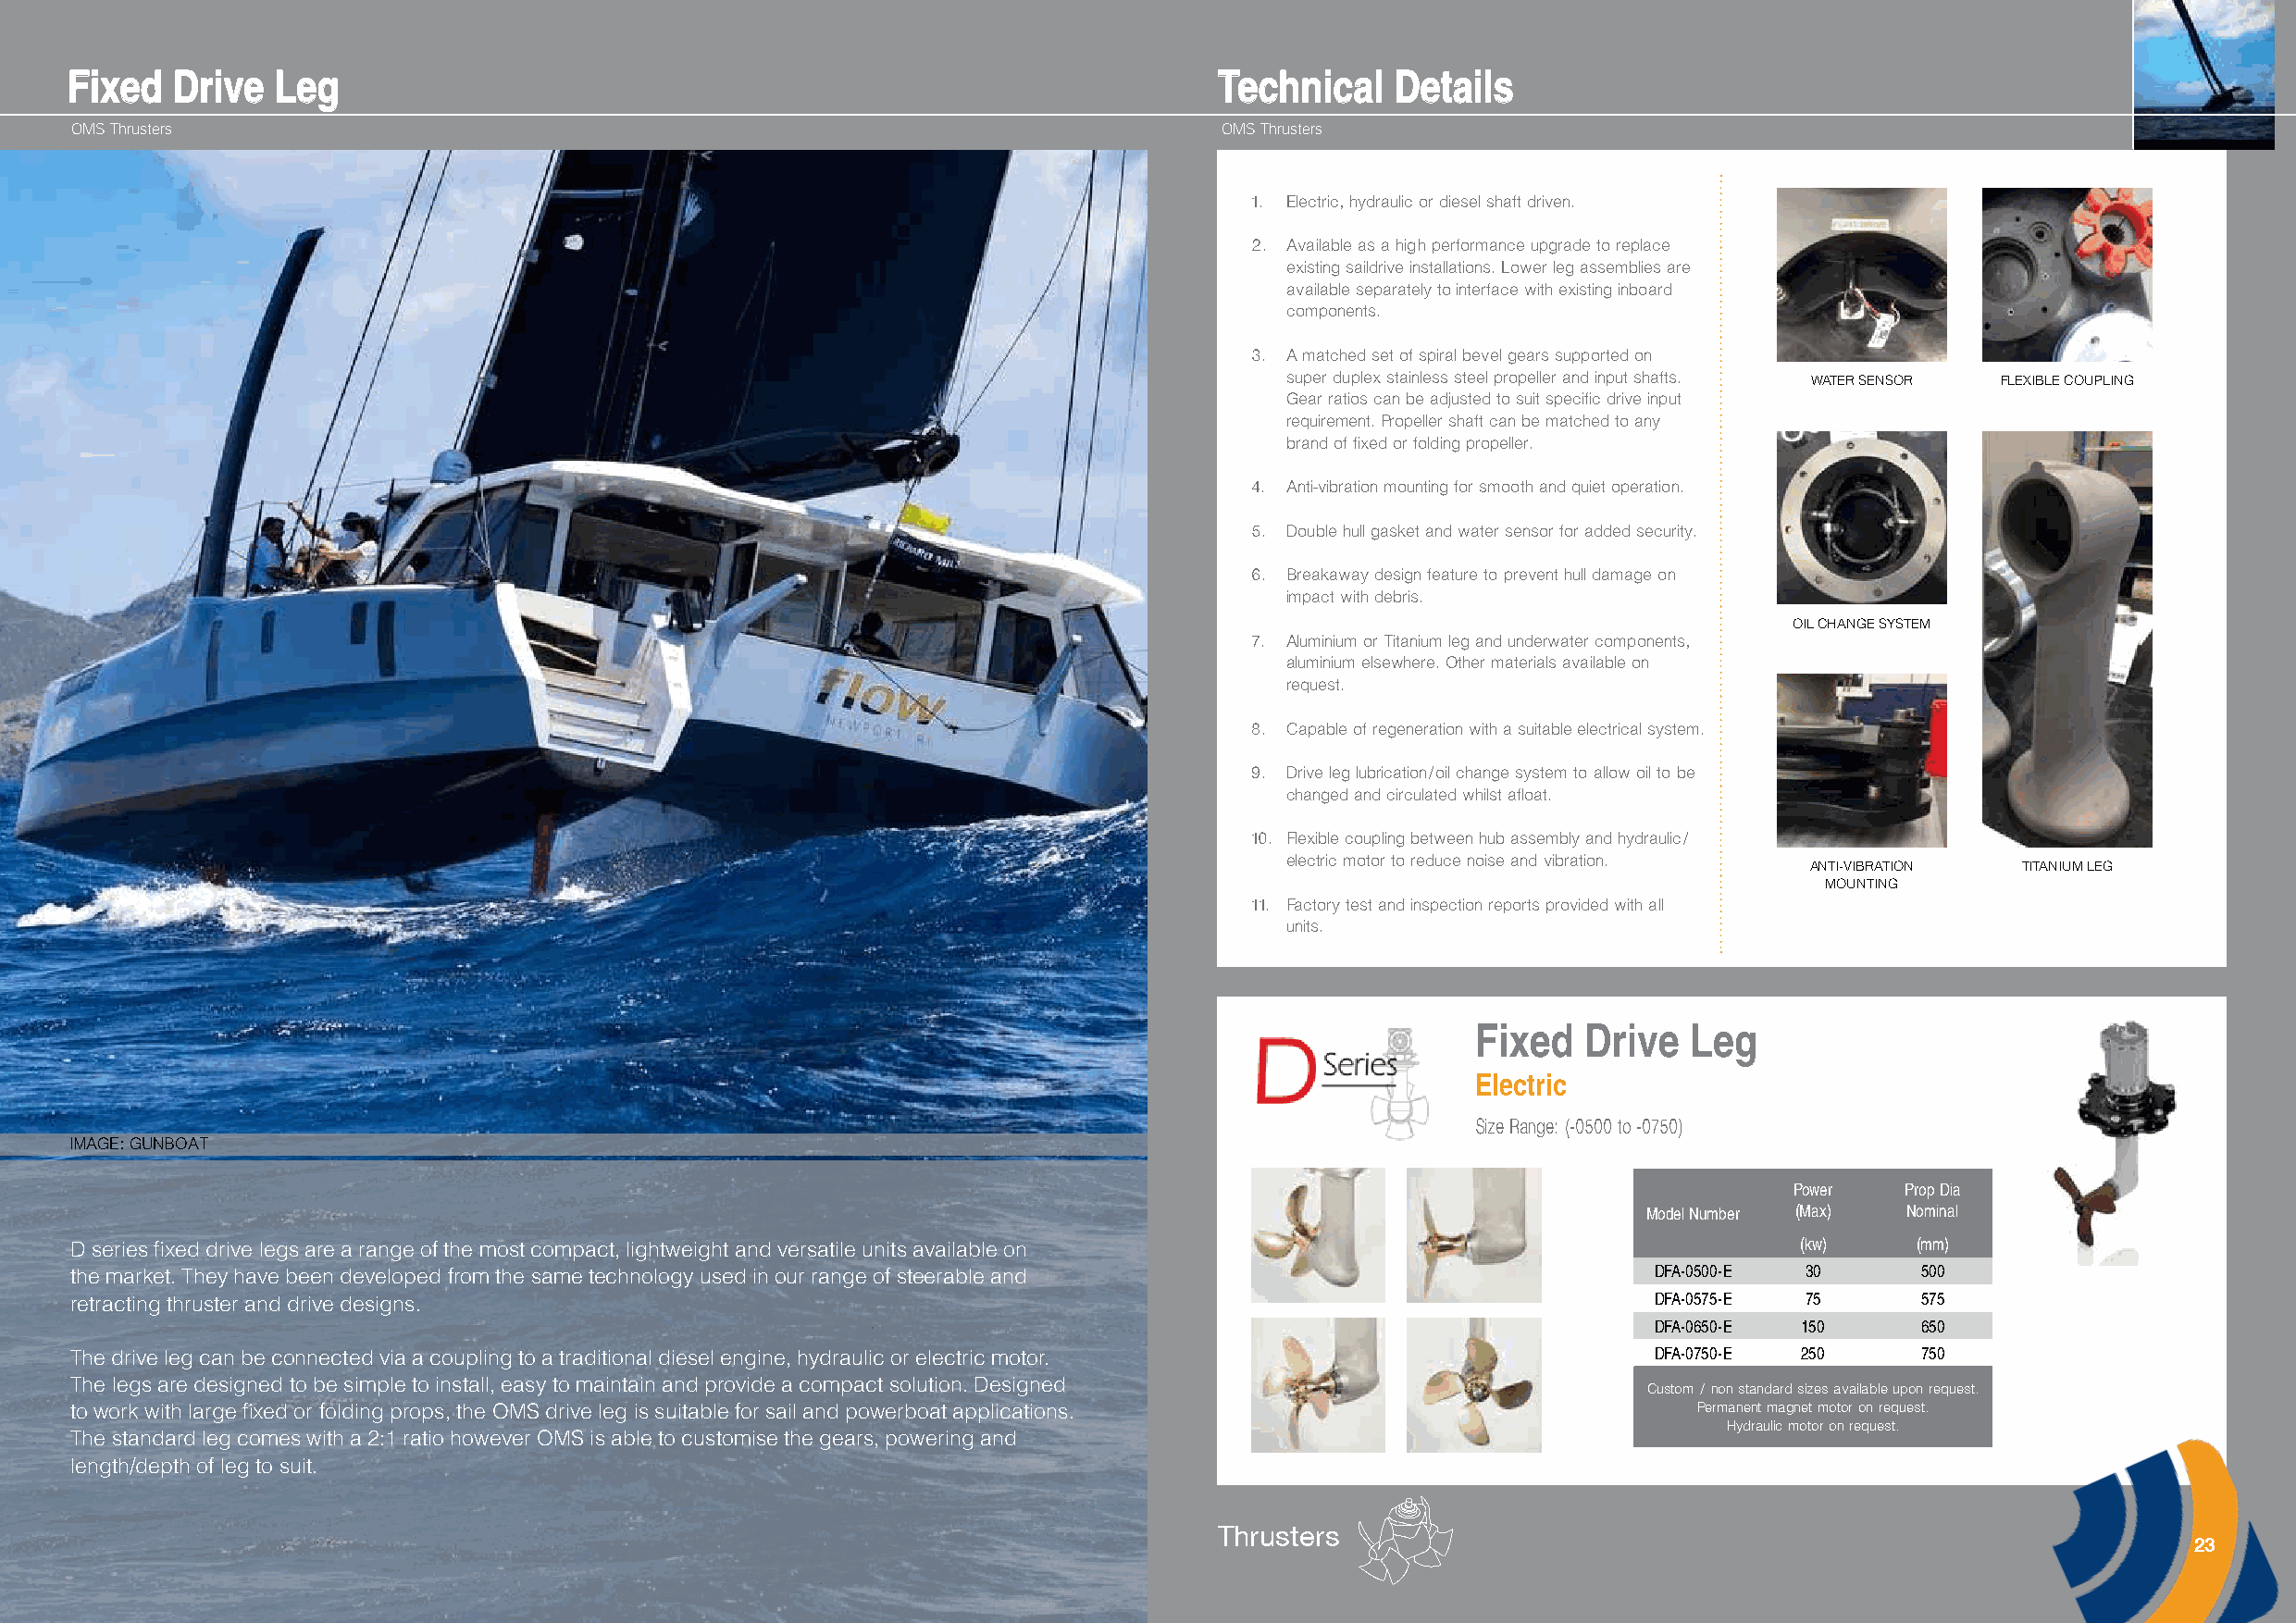
FFiixxeedd DDrriivvee LLeegg                                                      TTeecchhnniiccaall DDeettaaiillss
 OMS Thrusters                                                                     OMS Thrusters
 1. Electric , hydraulic or diesel shaft driven.
 2. Available as a high performance upgrade to replace
 existing saildrive installations. Lower leg assemblies are
 available separately to interface with existing inboard
 components.
 3. A matched set of spiral bevel gears supported on
 super duplex stainless steel propeller and input shafts.
 WATER SENSOR FLEXIBLE COUPLING
 Gear ratios can be adjusted to suit specific drive input
 requirement. Propeller shaft can be matched to any
 brand of fixed or folding propeller.
 4. Anti-vibration mounting for smooth and quiet operation.
 5. Double hull gasket and water sensor for added security.
 6. Breakaway design feature to prevent hull damage on
 impact with debris.
 OIL CHANGE SYSTEM
 7. Aluminium or Titanium leg and underwater components ,
 aluminium elsewhere. Other materials available on
 request.
 8. Capable of regeneration with a suitable electrical system.
 9. Drive leg lubrication/oil change system to allow oil to be
 changed and circulated whilst afloat.
 10. Flexible coupling between hub assembly and hydraulic/
 electric motor to reduce noise and vibration.
 ANTI-VIBRATION  TITANIUM LEG
 MOUNTING
 11. Factory test and inspection reports provided with all
 units.
 Fixed  Drive   Leg
 Electric
 Size Range: (-0500 to -0750)
 IMAGE: GUNBOAT
 Power   Prop Dia
 Model Number (Max) Nominal
 D series fixed drive legs are a range of the most compact, lightweight and versatile units available on                     (kw)    (mm)
 the market. They have been developed from the same technology used in our range of steerable and                 DFA-0500-E 30      500
 retracting thruster and drive designs.                                                                           DFA-0575-E 75      575
 DFA-0650-E 150     650
 The drive leg can be connected via a coupling to a traditional diesel engine, hydraulic or electric motor.       DFA-0750-E 250     750
 The legs are designed to be simple to install, easy to maintain and provide a compact solution. Designed         Custom / non standard sizes available upon request.
 to work with large fixed or folding props, the OMS drive leg is suitable for sail and powerboat applications.       Permanent magnet motor on request.
 Hydraulic motor on request.
 The standard leg comes with a 2:1 ratio however OMS is able to customise the gears, powering and
 length/depth of leg to suit.
 Thrusters
 23